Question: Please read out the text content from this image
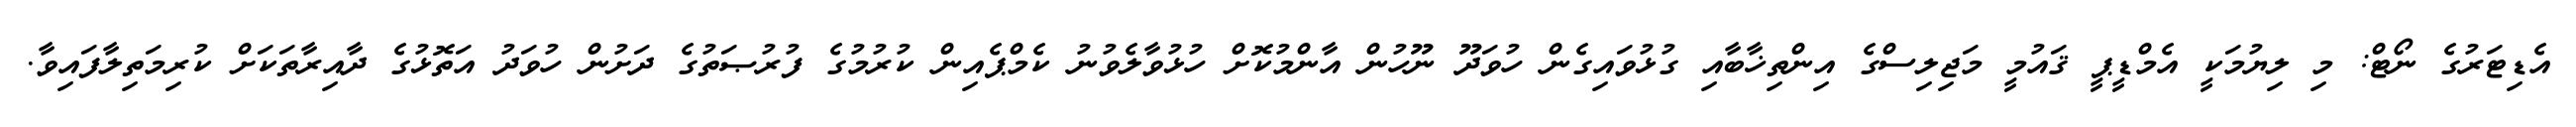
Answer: އެޑިޓަރުގެ ނޯޓް: މި ލިޔުމަކީ އެމްޑީޕީ ޤައުމީ މަޖިލިސްގެ އިންތިޚާބާއި ގުޅުވައިގެން ހުވަދޫ ނޫހުން އާންމުކޮށް ހުޅުވާލެވުނު ކެމްޕެއިން ކުރުމުގެ ފުރުޞަތުގެ ދަށުން ހުވަދު އަތޮޅުގެ ދާއިރާތަކަށް ކުރިމަތިލާފައިވާ.